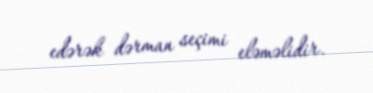
edərək dərman seçimi eləməlidir.